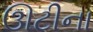
ઊટીના